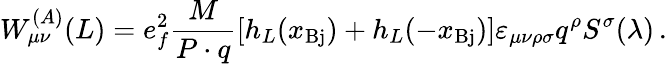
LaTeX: W_{\mu\nu}^{(A)}(L)=e_{f}^{2}{\frac{M}{P\cdot q}}[h_{L}(x_{\mathrm{Bj}})+h_{L}(-x_{\mathrm{Bj}})]\varepsilon_{\mu\nu\rho\sigma}q^{\rho}S^{\sigma}(\lambda)\, .